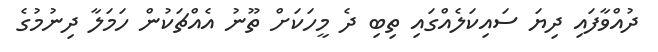
ދުއްވާފައި ދިޔަ ސައިކަލެއްގައި ތިބި ދެ މީހަކަށް ތޫނު އެއްޗަކުން ހަމަލާ ދިނުމުގެ